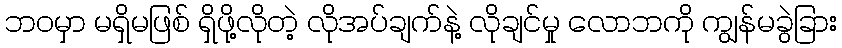
ဘဝမှာ မရှိမဖြစ် ရှိဖို့လိုတဲ့ လိုအပ်ချက်နဲ့ လိုချင်မှု လောဘကို ကျွန်မခွဲခြား